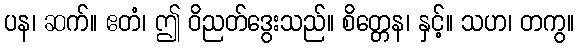
ပန၊ ဆက်။ ဧတံ၊ ဤ ဝိညတ်ဒွေးသည်။ စိတ္တေန၊ နှင့်။ သဟ၊ တကွ။